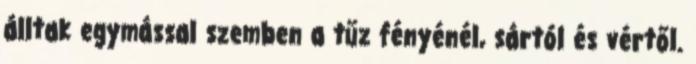
álltak egymással szemben a tűz fényénél, sártól és vértől.